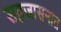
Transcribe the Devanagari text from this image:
सहजासनात